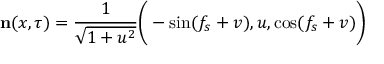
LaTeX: { \bf n } ( x , \tau ) = \frac { 1 } { \sqrt { 1 + u ^ { 2 } } } \bigg ( - \sin ( f _ { s } + v ) , u , \cos ( f _ { s } + v ) \bigg )